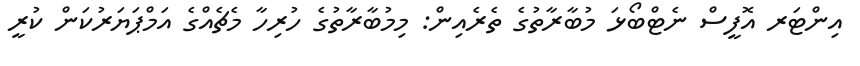
އިންޓަރ އޮފީސް ނެޓްބޯޅަ މުބާރާތުގެ ތެރެއިން: މިމުބާރާތުގެ ހުރިހާ މެޗެއްގެ އަމްޕަޔަރުކަން ކުރީ